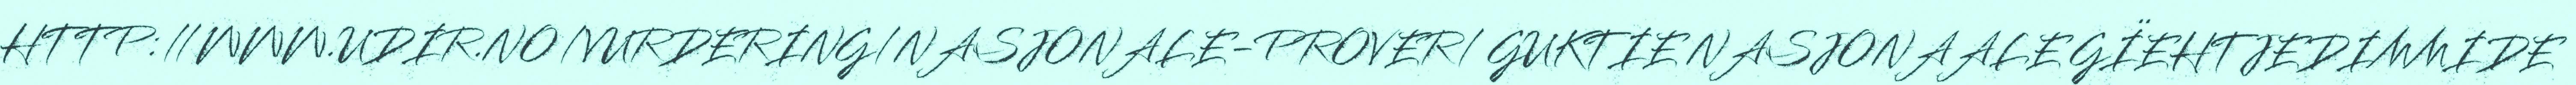
HTTP://WWW.UDIR.NO/VURDERING/NASJONALE-PROVER/ GUKTIE NASJONAALE GÏEHTJEDIMMIDE